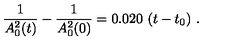
\frac { 1 } { A _ { 0 } ^ { 2 } ( t ) } - \frac { 1 } { A _ { 0 } ^ { 2 } ( 0 ) } = 0 . 0 2 0 \ ( t - t _ { 0 } ) \ .